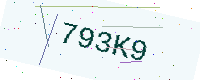
Text: 793K9